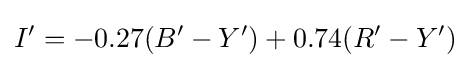
I'=-0.27(B'-Y')+0.74(R'-Y')